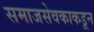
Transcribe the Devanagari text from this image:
समाजसेवकाकडून